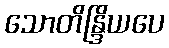
သောတိန္ဒြိယပေ